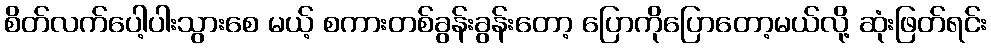
စိတ်လက်ပေါ့ပါးသွားစေ မယ့် စကားတစ်ခွန်းခွန်းတော့ ပြောကိုပြောတော့မယ်လို့ ဆုံးဖြတ်ရင်း